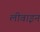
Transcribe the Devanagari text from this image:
लीवाइन